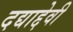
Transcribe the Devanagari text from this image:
दद्याद्देवी